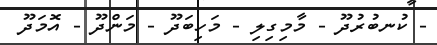
- ކުނބުރުދޫ - މާމިގިލި - މަހިބަދޫ - މަންދޫ - އޮމަދޫ